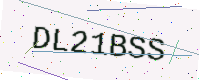
Text: DL21BSS